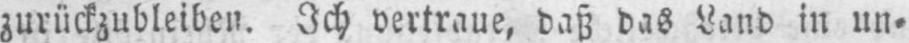
zurückzubleiben. Ich vertraue, daß das Land in un⸗